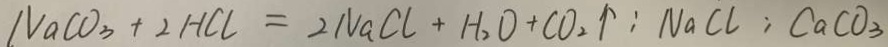
N a C O _ { 3 } + 2 H C l = 2 N a C l + H _ { 2 } O + C O _ { 2 } \uparrow : N a C l : C a C O _ { 3 }